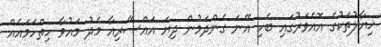
ޚިޔާލުތަކުގެ އޮއެވަރުގައި ބެހި އޭނަ ގެންދަމުން ދިޔަ އައްސޭރިއާ މެދު މައުވާ ހިތްހަމައެއް